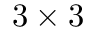
3 \times 3